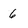
Character: 6